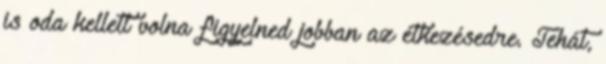
is oda kellett volna figyelned jobban az étkezésedre. Tehát,